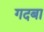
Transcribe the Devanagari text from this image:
गदबा